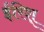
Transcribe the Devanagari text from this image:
ईरिश्